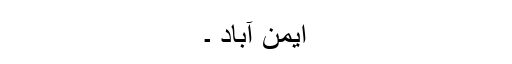
ایمن آباد ۔